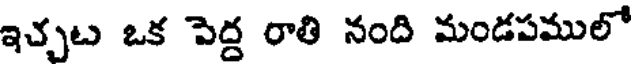
ఇచ్చట ఒక పెద్ద రాతి నంది మండపములో